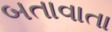
બતાવાતા